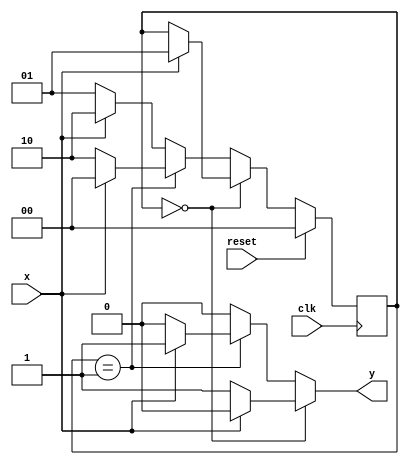
`timescale 1ns / 1ps
//////////////////////////////////////////////////////////////////////////////////
//
//problem no.:2
//semester:5
//group no.:12
//names of group members:K Sai Santhoshi Niharika, Surkanti Akshitha
//
//////////////////////////////////////////////////////////////////////////////////
module mul_3_detector(
			input x,clk,reset,
			output reg y
    );
	 reg [1:0] cst,nst;
	 parameter s0=2'b00,s1=2'b01,s2=2'b10;
	 
    // -----------------------------------
    // Input |      0      |      1      |
    // -----------------------------------
    //   PS  |  NS  |  Out |  NS  |  Out |
    // -----------------------------------
    //  	00  |  00  |   1  |  01  |  1   |
    //   01  |  10  |   0  |  00  |  1   |
    //   10  |  01  |   0  |  10  |  0   |
    // -----------------------------------
	 
	 always@(cst or x) begin
		if(cst==s0) begin
			if(~x) begin
				y=1;
				nst=cst;
			end
			else begin 
				y=0;
				nst=s1;
			end
		end
		else if(cst==s1) begin
			if(~x) begin
				y=0;
				nst=s2;
			end
			else begin 
				y=1;
				nst=s0;
			end
		end
		else begin
			if(~x) begin
				y=0;
				nst=s1;
			end
			else begin 
				y=0;
				nst=s2;
			end
		end
		end
		
		always@(posedge clk) begin
			if(reset) //current state pointing to intial state
				cst <= s0;
			else			//current state updated to next state
				cst <= nst;
		end
		//assign y=(cst==s0);


endmodule